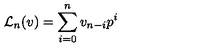
{ { \mathcal L } _ { n } } ( v ) = \sum _ { i = 0 } ^ { n } v _ { n - i } p ^ { i }